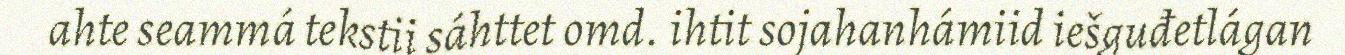
ahte seammá tekstii sáhttet omd. ihtit sojahanhámiid iešguđetlágan